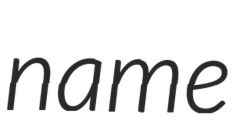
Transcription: name